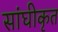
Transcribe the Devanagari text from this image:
सांघीकृत